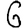
Digit: 6